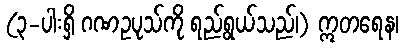
(၃-ပါးရှိ ဂဏဥပုသ်ကို ရည်ရွယ်သည်၊) ဣတရေန၊